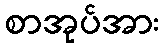
စာအုပ်အား